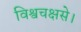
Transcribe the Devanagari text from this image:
विश्वचक्षसे।